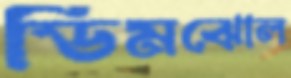
ডিমঝোল